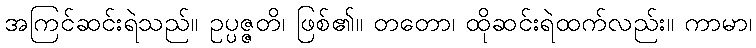
အကြင်ဆင်းရဲသည်။ ဥပ္ပဇ္ဇတိ၊ ဖြစ်၏။ တတော၊ ထိုဆင်းရဲထက်လည်း။ ကာမာ၊